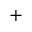
+